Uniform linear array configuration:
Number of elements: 4
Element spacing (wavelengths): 0.75
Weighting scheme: hamming
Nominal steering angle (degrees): -60
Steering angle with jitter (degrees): -61.838
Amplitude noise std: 0.05
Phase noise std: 0.05

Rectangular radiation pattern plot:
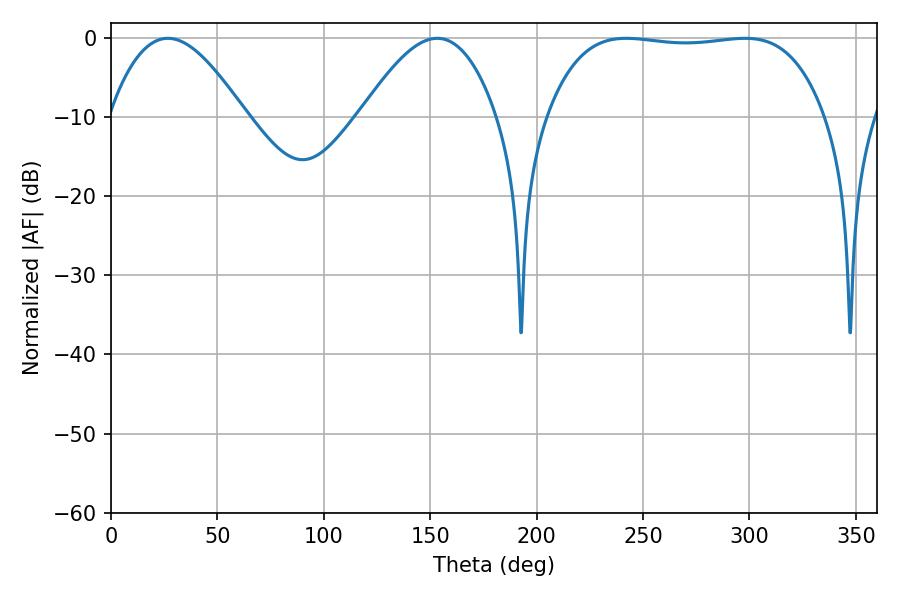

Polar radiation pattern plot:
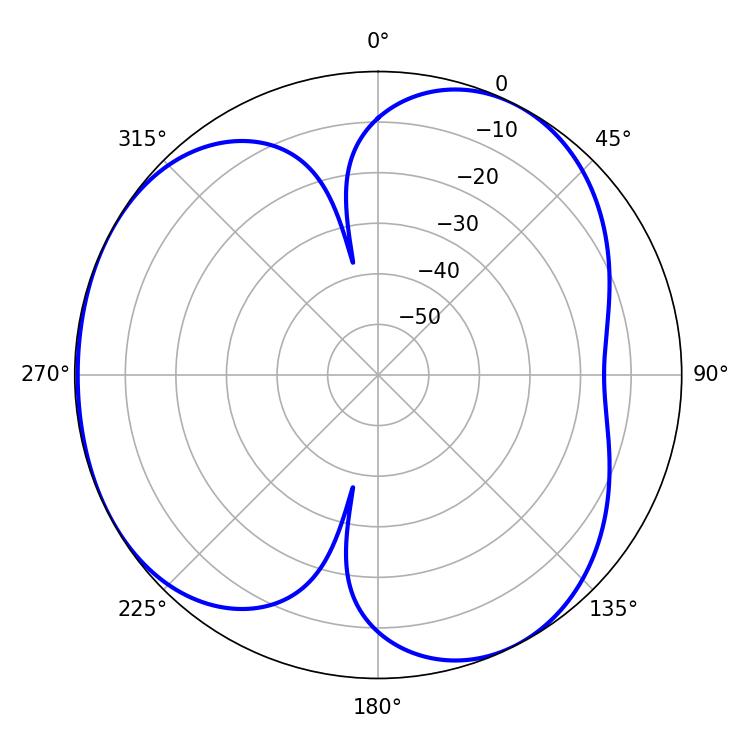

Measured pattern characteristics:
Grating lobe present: TRUE
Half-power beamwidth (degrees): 102.96
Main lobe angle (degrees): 242.1